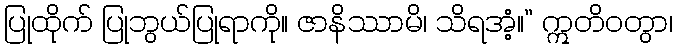
ပြုထိုက် ပြုဘွယ်ပြုရာကို။ ဇာနိဿာမိ၊ သိရအံ့။” ဣတိဝတွာ၊